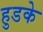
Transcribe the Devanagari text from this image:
हुडके